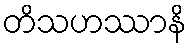
တိသဟဿာနိ